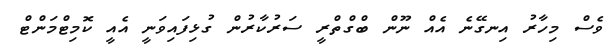
ވެސް މިހާރު އިނގޭނެ އެއް ނޫން ބްގްތްރީ ސަރުކާރުން ގުޅިފައިވަނީ އެއީ ކޮމިޓްމަންޓް